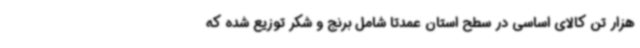
هزار تن کالای اساسی در سطح استان عمدتا شامل برنج و شکر توزیع شده که